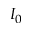
I _ { 0 }